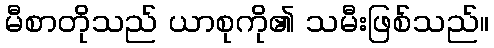
မီစာတိုသည် ယာစုကို၏ သမီးဖြစ်သည်။